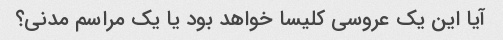
آیا این یک عروسی کلیسا خواهد بود یا یک مراسم مدنی؟